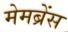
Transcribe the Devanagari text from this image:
मेमब्रेंस